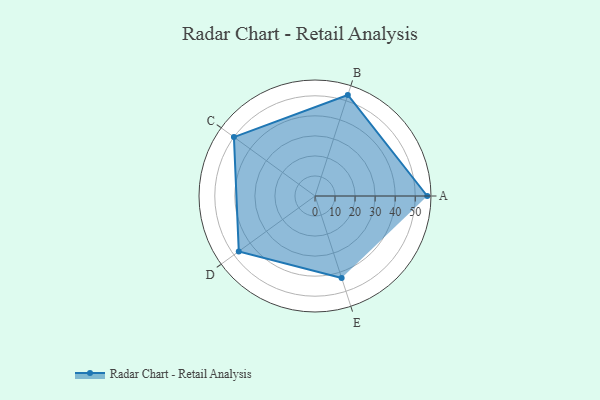
{"axis": {"x": "Skill", "y": "Score"}, "legend": ["Profile"], "data": [{"x": "A", "y": 56.0, "type": "Profile"}, {"x": "B", "y": 53.0, "type": "Profile"}, {"x": "C", "y": 50.0, "type": "Profile"}, {"x": "D", "y": 47.0, "type": "Profile"}, {"x": "E", "y": 43.0, "type": "Profile"}]}